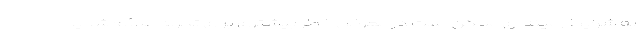
به شرایط زمینه ای ممکن است در معرض خطر بیشتری برای تجربه علائم شدید